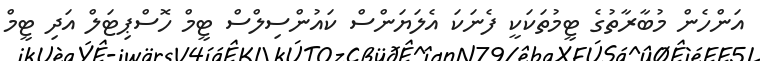
އަންހެން މުބާރާތުގެ ޓީމުތަކަކީ ފެނަކަ އެލަޔަންސް ކައުންސިލްސް ޓީމް ހޮސްޕިޓަލް އަދި ޓީމް